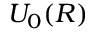
U _ { 0 } ( R )